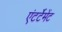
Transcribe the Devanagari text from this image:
एंटर्टेमेंट